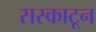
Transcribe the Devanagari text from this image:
सस्काटून